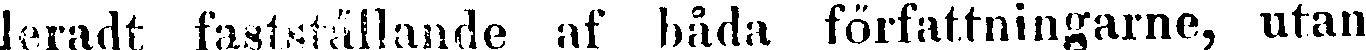
leradt fastställande af båda författningarne, utan